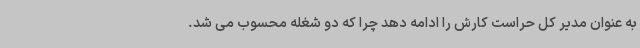
به عنوان مدیر کل حراست کارش را ادامه دهد چرا که دو شغله محسوب می شد.